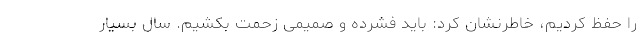
را حفظ کردیم، خاطرنشان کرد: باید فشرده و صمیمی زحمت بکشیم. سال بسیار